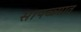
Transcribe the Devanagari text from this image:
सापळ्यात